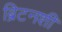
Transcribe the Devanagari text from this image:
ब्रिटनशी